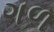
ગળ